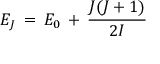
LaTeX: E _ { J } \, = \, E _ { 0 } \, + \, \frac { J ( J + 1 ) } { 2 \cal { I } }